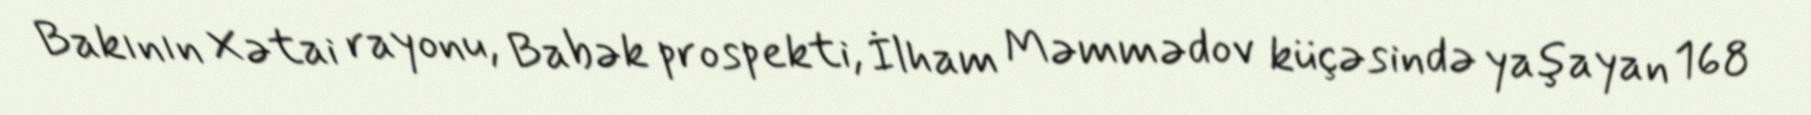
Bakının Xətai rayonu, Babək prospekti, İlham Məmmədov küçəsində yaşayan 168